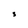
Character: 3